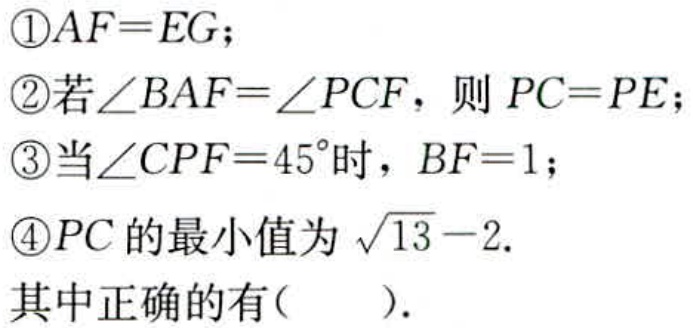
\textcircled{1}$AF = EG$；
\textcircled{2}若$\angle BAF=\angle PCF$，则$PC = PE$；
\textcircled{3}当$\angle CPF = 45^{\circ}$时，$BF = 1$；
\textcircled{4}$PC$的最小值为$\sqrt{13}-2$.
其中正确的有( ).